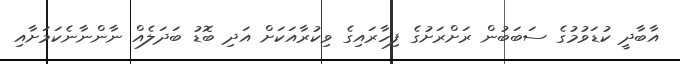
އާބާދީ ކުޑަވުމުގެ ސަބަބުން ރަށްރަށުގެ ފިހާރައިގެ ވިކުރާއަކަށް އަދި ބޮޑު ބަދަލެއް ނާންނާނެކަމަށާއި